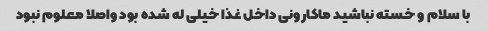
با سلام و خسته نباشید‌ ماکارونی داخل غذا خیلی له شده بود واصلا معلوم نبود